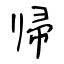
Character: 帰